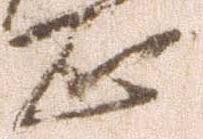
正